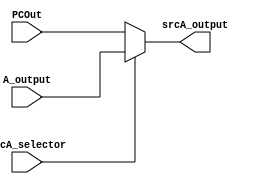
module mux_aluSrcA(
    input wire srcA_selector,
    input wire [31:0] PCOut, // 0
    input wire [31:0] A_output, // 1
    output wire [31:0] srcA_output
);

    assign srcA_output = (srcA_selector) ? A_output : PCOut;

endmodule